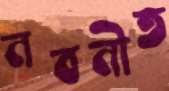
নবনীত